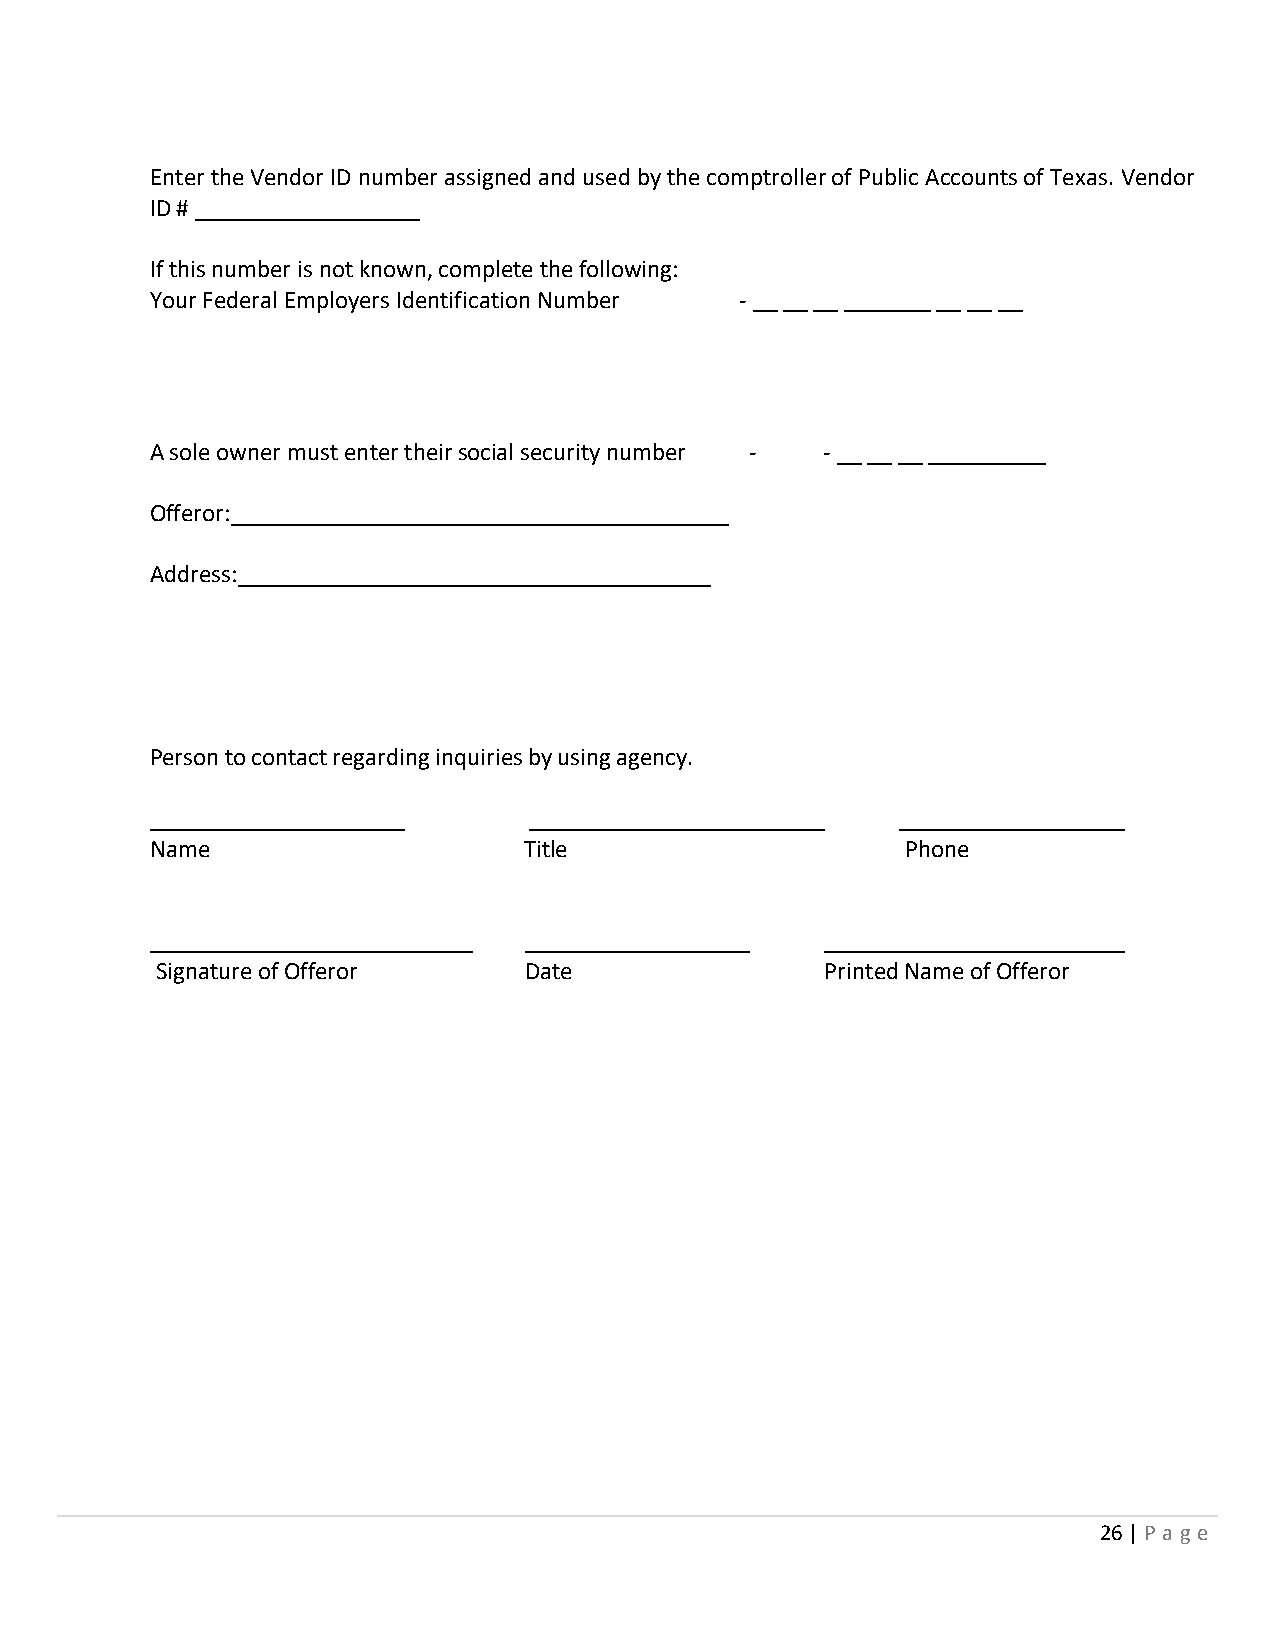
Enter the Vendor ID number assigned and used by the comptroller of Public Accounts of Texas. Vendor
 ID #
 If this number is not known, complete the following:
 Your Federal Employers Identification Number ‐
 A sole owner must enter their social security number ‐ ‐
 Offeror:
 Address:
 Person to contact regarding inquiries by using agency.
 Name                     Title                    Phone
 Signature of Offeror     Date                Printed Name of Offeror
 26 | P a g e